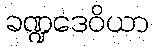
ခဏ္ဍဒေဝိယာ